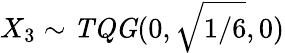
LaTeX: X_{3}\sim\mathit{TQG}(0,\sqrt{{1}/{6}},0)